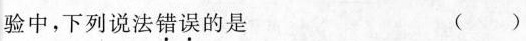
验中，下列说法错误的是 ()